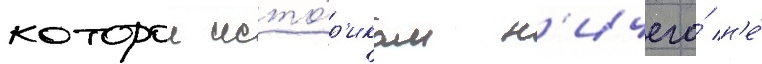
которои исто́р'икам н'ичего́ н'е́